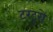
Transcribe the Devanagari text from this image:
टरटुरो